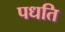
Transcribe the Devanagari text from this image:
पधति